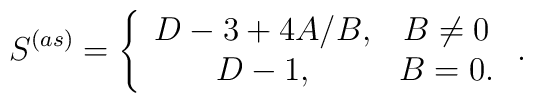
S^{(as)}=\left\{\begin{array}{cc}D-3+4A/B, & B\neq 0 \\D-1, & B=0 .\end{array}\right. .